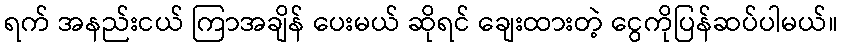
ရက် အနည်းငယ် ကြာအချိန် ပေးမယ် ဆိုရင် ချေးထားတဲ့ ငွေကိုပြန်ဆပ်ပါမယ်။